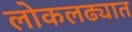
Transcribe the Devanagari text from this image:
लोकलढ्यात